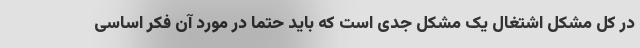
در کل مشکل اشتغال یک مشکل جدی است که باید حتما در مورد آن فکر اساسی